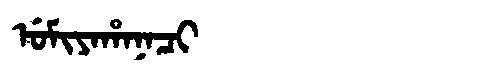
Manchu: ᡠᠮᡳᠶᠠᡥᠠᠨᠠᠴᡳ
Romanization: UMIYAHANACI